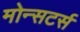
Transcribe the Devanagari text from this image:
मोन्सटर्स